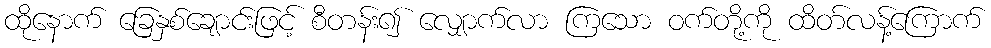
ထိုနောက် ခြေနှစ်ချောင်းဖြင့် စီတန်း၍ လျှောက်လာ ကြသော ဝက်တို့ကို ထိတ်လန့်ကြောက်